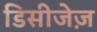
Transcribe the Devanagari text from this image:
डिसीजेज़